Supplement to the account of plague administration in the Bombay Presidency from September 1896 till May 1897
Year: 1896
Disease focus: Plague
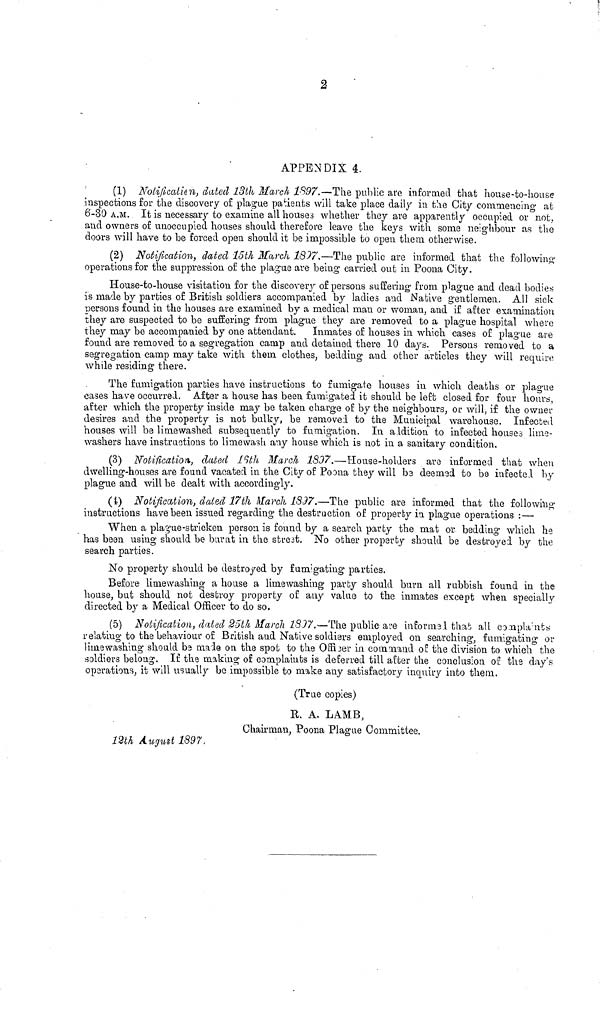
2
APPENDIX 4.
(1) Notification, dated 13th March 1897.—The public are in formed that house-to-house
inspections for the discovery of plague patients will take place daily in the City commencing at
6-30 A.M. It is necessary to examine all houses whether they are apparently occupied or not.
and owners of unoccupied houses should therefore leave the keys with some neighbour as the
doors will have to be forced open should it be impossible to open them otherwise.
(2) Notification, dated 15th March 1897.—The public are informed that the following-
operations for the suppression of the plague are being carried out in Poona City.
House-to-house visitation for the discovery of persons suffering from plague and dead bodies
is made by parties of British soldiers accompanied by ladies and Native gentlemen. All sick
persons found in the houses are examined by a medical man or woman, and if after examination
they are suspected to be suffering from plague they are removed to a plague hospital where
they may be accompanied by one attendant. Inmates of houses in which cases of plague are
found are removed to a segregation camp and detained there 10 days. Persons removed to a
segregation camp may take with them clothes, bedding and other articles they will require
while residing there.
The fumigation parties have instructions to fumigate houses in which deaths or plague
cases have occurred. After a house has been fumigated it should be left closed for four hours,
after which the property inside may be taken charge of by the neighbours, or will, if the owner
desires and the property is not bulky, be removed to the Municipal warehouse. Infected
houses will be limewashed subsequently to fumigation. In addition to infected houses lime-
washers have instructions to limewash any house which is not in a sanitary condition.
(3) Notification, dated 13th March 1897.—House-holders are informed that when
dwelling-houses are found vacated in the City of Poona they will be deemed to be infectel by
plague and will be dealt with accordingly.
(4) Notification, dated 17th March 1897.—The public are informed that the following
instructions have been issued regarding the destruction of proper by in plague operations : —
When a plague-stricken person is found by a search party the mat or bedding which he
has been using should be burnt in the street. No other property should be destroyed by the
search parties.
No property should be destroyed by fumigating parties.
Before limewashing a house a limewashing party should burn all rubbish found in the
house, but should not destroy property of any value to the inmates except when specially
directed by a Medical Officer to do so.
(5) Notification, dated 25th March 1897.—The public are informal that all complaint
relating to the behaviour of British and Native soldiers employed on searching, fumigating or
limewashing should be male on the spot to the Officer in command ou the division to which the
soldiers belong. If the making of complaints is deferred till after the conclusion of the day's
operations, it will usually be impossible to make any satisfactory inquiry into them.
(True copies)
R. A. LAMB,
Chairman, Poona Plague Committee.
12th August 1897.